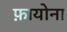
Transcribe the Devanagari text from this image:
फ़ायोना